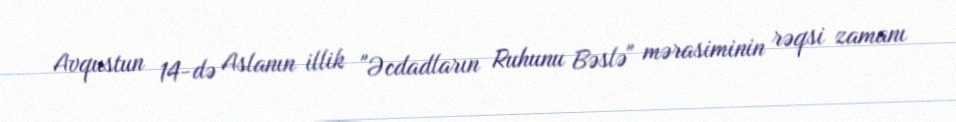
Avqustun 14-də Aslanın illik "Əcdadların Ruhunu Bəslə" mərasiminin rəqsi zamanı